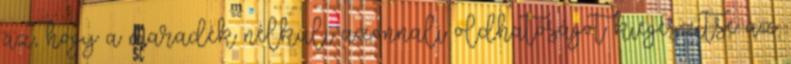
az, hogy a maradék nélküli azonnali oldhatóságot kiegészítse az